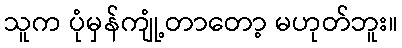
သူက ပုံမှန်ကျုံ့တာတော့ မဟုတ်ဘူး။